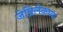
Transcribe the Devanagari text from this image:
जेन्निलेकच्या